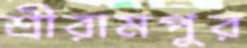
শ্রীরামপুর